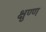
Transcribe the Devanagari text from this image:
क्षुण्ण